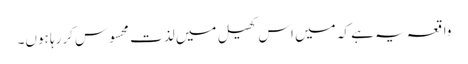
واقعہ یہ ہے کہ میں اس کھیل میں لذت محسوس کررہا ہوں۔